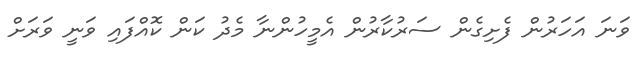
ވަނަ އަހަރުން ފެށިގެން ސަރުކާރުން އެމީހުންނާ މެދު ކަން ކޮއްފައި ވަނީ ވަރަށް